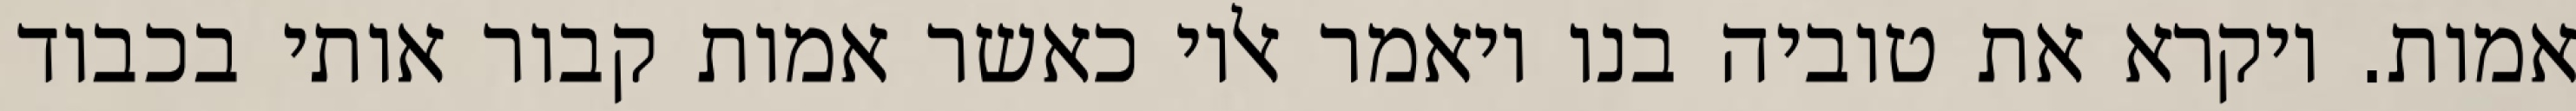
אמות. ויקרא את טוביה בנו ויאמר אליו כאשר אמות קבור אותי בכבוד